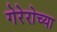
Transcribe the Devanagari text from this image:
गेरेरोच्या